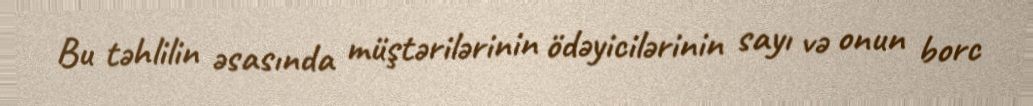
Bu təhlilin əsasında müştərilərinin ödəyicilərinin sayı və onun borc